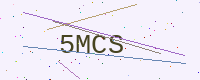
Text: 5MCS